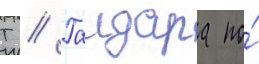
Т // Гаидара по́